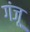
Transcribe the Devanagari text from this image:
गंजू